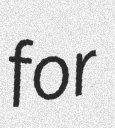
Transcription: for